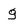
Character: g